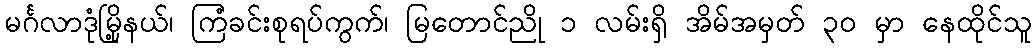
မင်္ဂလာဒုံမြို့နယ်၊ ကြံခင်းစုရပ်ကွက်၊ မြတောင်ညို ၁ လမ်းရှိ အိမ်အမှတ် ၃၀ မှာ နေထိုင်သူ